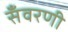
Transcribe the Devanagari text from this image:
सँवरणी